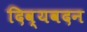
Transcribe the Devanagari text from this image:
दिव्यवदन